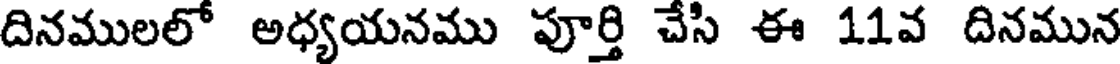
దినములలో అధ్యయనము పూర్తి చేసి ఈ 11వ దినమున